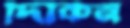
দিকিন